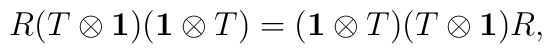
R(T\otimes {\bf 1})({\bf 1}\otimes T)=({\bf 1}\otimes T)(T\otimes {\bf 1})R,\\